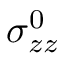
\sigma _ { z z } ^ { 0 }